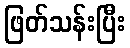
ဖြတ်သန်းပြီး